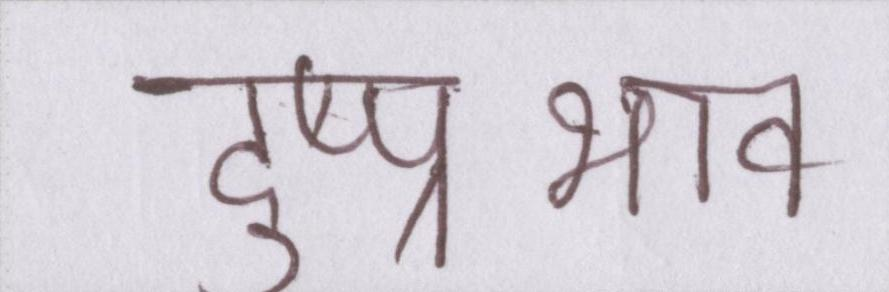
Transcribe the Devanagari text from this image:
दुष्प्रभाव